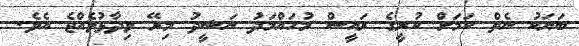
ބަޔަކު ނެތް ކަމަށް ކުރީގެ ރައީސް މުހައްމަދު ނަޝީދު މިރޭ ވިދާޅުވެއްޖެ އެވެ.